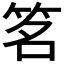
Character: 𬔽